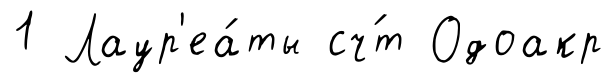
1 Лаур'еа́ты сч́т Одоакр